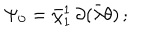
\Psi _ { 0 } = \bar { \chi } _ { 1 } ^ { 1 } \, \partial ( \bar { \lambda } \theta ) \, ;